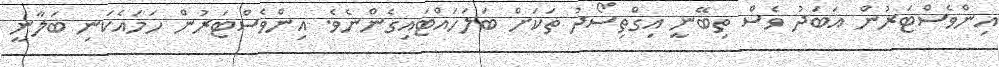
އިންވެސްޓަރުން އަބަދު ވެސް ތިބޭނީ އިގްތިސޯދު ތަކަށް ބަލަހައްޓައިގެންނެވެ. އިންވެސްޓަރުން ހަމައެކަނި ބަލާނީ